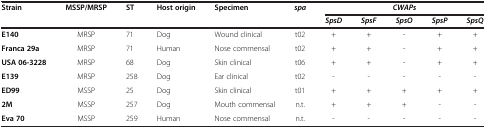
<table><thead><tr><td rowspan="2"><b>Strain</b></td><td rowspan="2"><b>MSSP/MRSP</b></td><td rowspan="2"><b>ST</b></td><td rowspan="2"><b>Host origin</b></td><td rowspan="2"><b>Specimen</b></td><td><b><i>spa</i></b></td><td colspan="5"><b><i>CWAPs</i></b></td></tr><tr><td><b> </b></td><td><b><i>SpsD</i></b></td><td><b><i>SpsF</i></b></td><td><b><i>SpsO</i></b></td><td><b><i>SpsP</i></b></td><td><b><i>SpsQ</i></b></td></tr></thead><tbody><tr><td><b>E140</b></td><td>MRSP</td><td>71</td><td>Dog</td><td>Wound clinical</td><td>t02</td><td>+</td><td>+</td><td>-</td><td>+</td><td>+</td></tr><tr><td><b>Franca 29a</b></td><td>MRSP</td><td>71</td><td>Human</td><td>Nose commensal</td><td>t02</td><td>+</td><td>+</td><td>-</td><td>+</td><td>+</td></tr><tr><td><b>USA 06-3228</b></td><td>MRSP</td><td>68</td><td>Dog</td><td>Skin clinical</td><td>t06</td><td>+</td><td>+</td><td>-</td><td>+</td><td>+</td></tr><tr><td><b>E139</b></td><td>MRSP</td><td>258</td><td>Dog</td><td>Ear clinical</td><td>t02</td><td>-</td><td>-</td><td>-</td><td>-</td><td>-</td></tr><tr><td><b>ED99</b></td><td>MSSP</td><td>25</td><td>Dog</td><td>Skin clinical</td><td>t01</td><td>+</td><td>+</td><td>+</td><td>+</td><td>+</td></tr><tr><td><b>2M</b></td><td>MSSP</td><td>257</td><td>Dog</td><td>Mouth commensal</td><td>n.t.</td><td>+</td><td>+</td><td>+</td><td>-</td><td>-</td></tr><tr><td><b>Eva 70</b></td><td>MSSP</td><td>259</td><td>Human</td><td>Nose commensal</td><td>n.t.</td><td>-</td><td>-</td><td>-</td><td>-</td><td>-</td></tr></tbody></table>